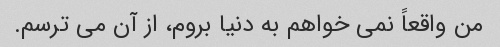
من واقعاً نمی خواهم به دنیا بروم، از آن می ترسم.